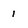
Character: 1